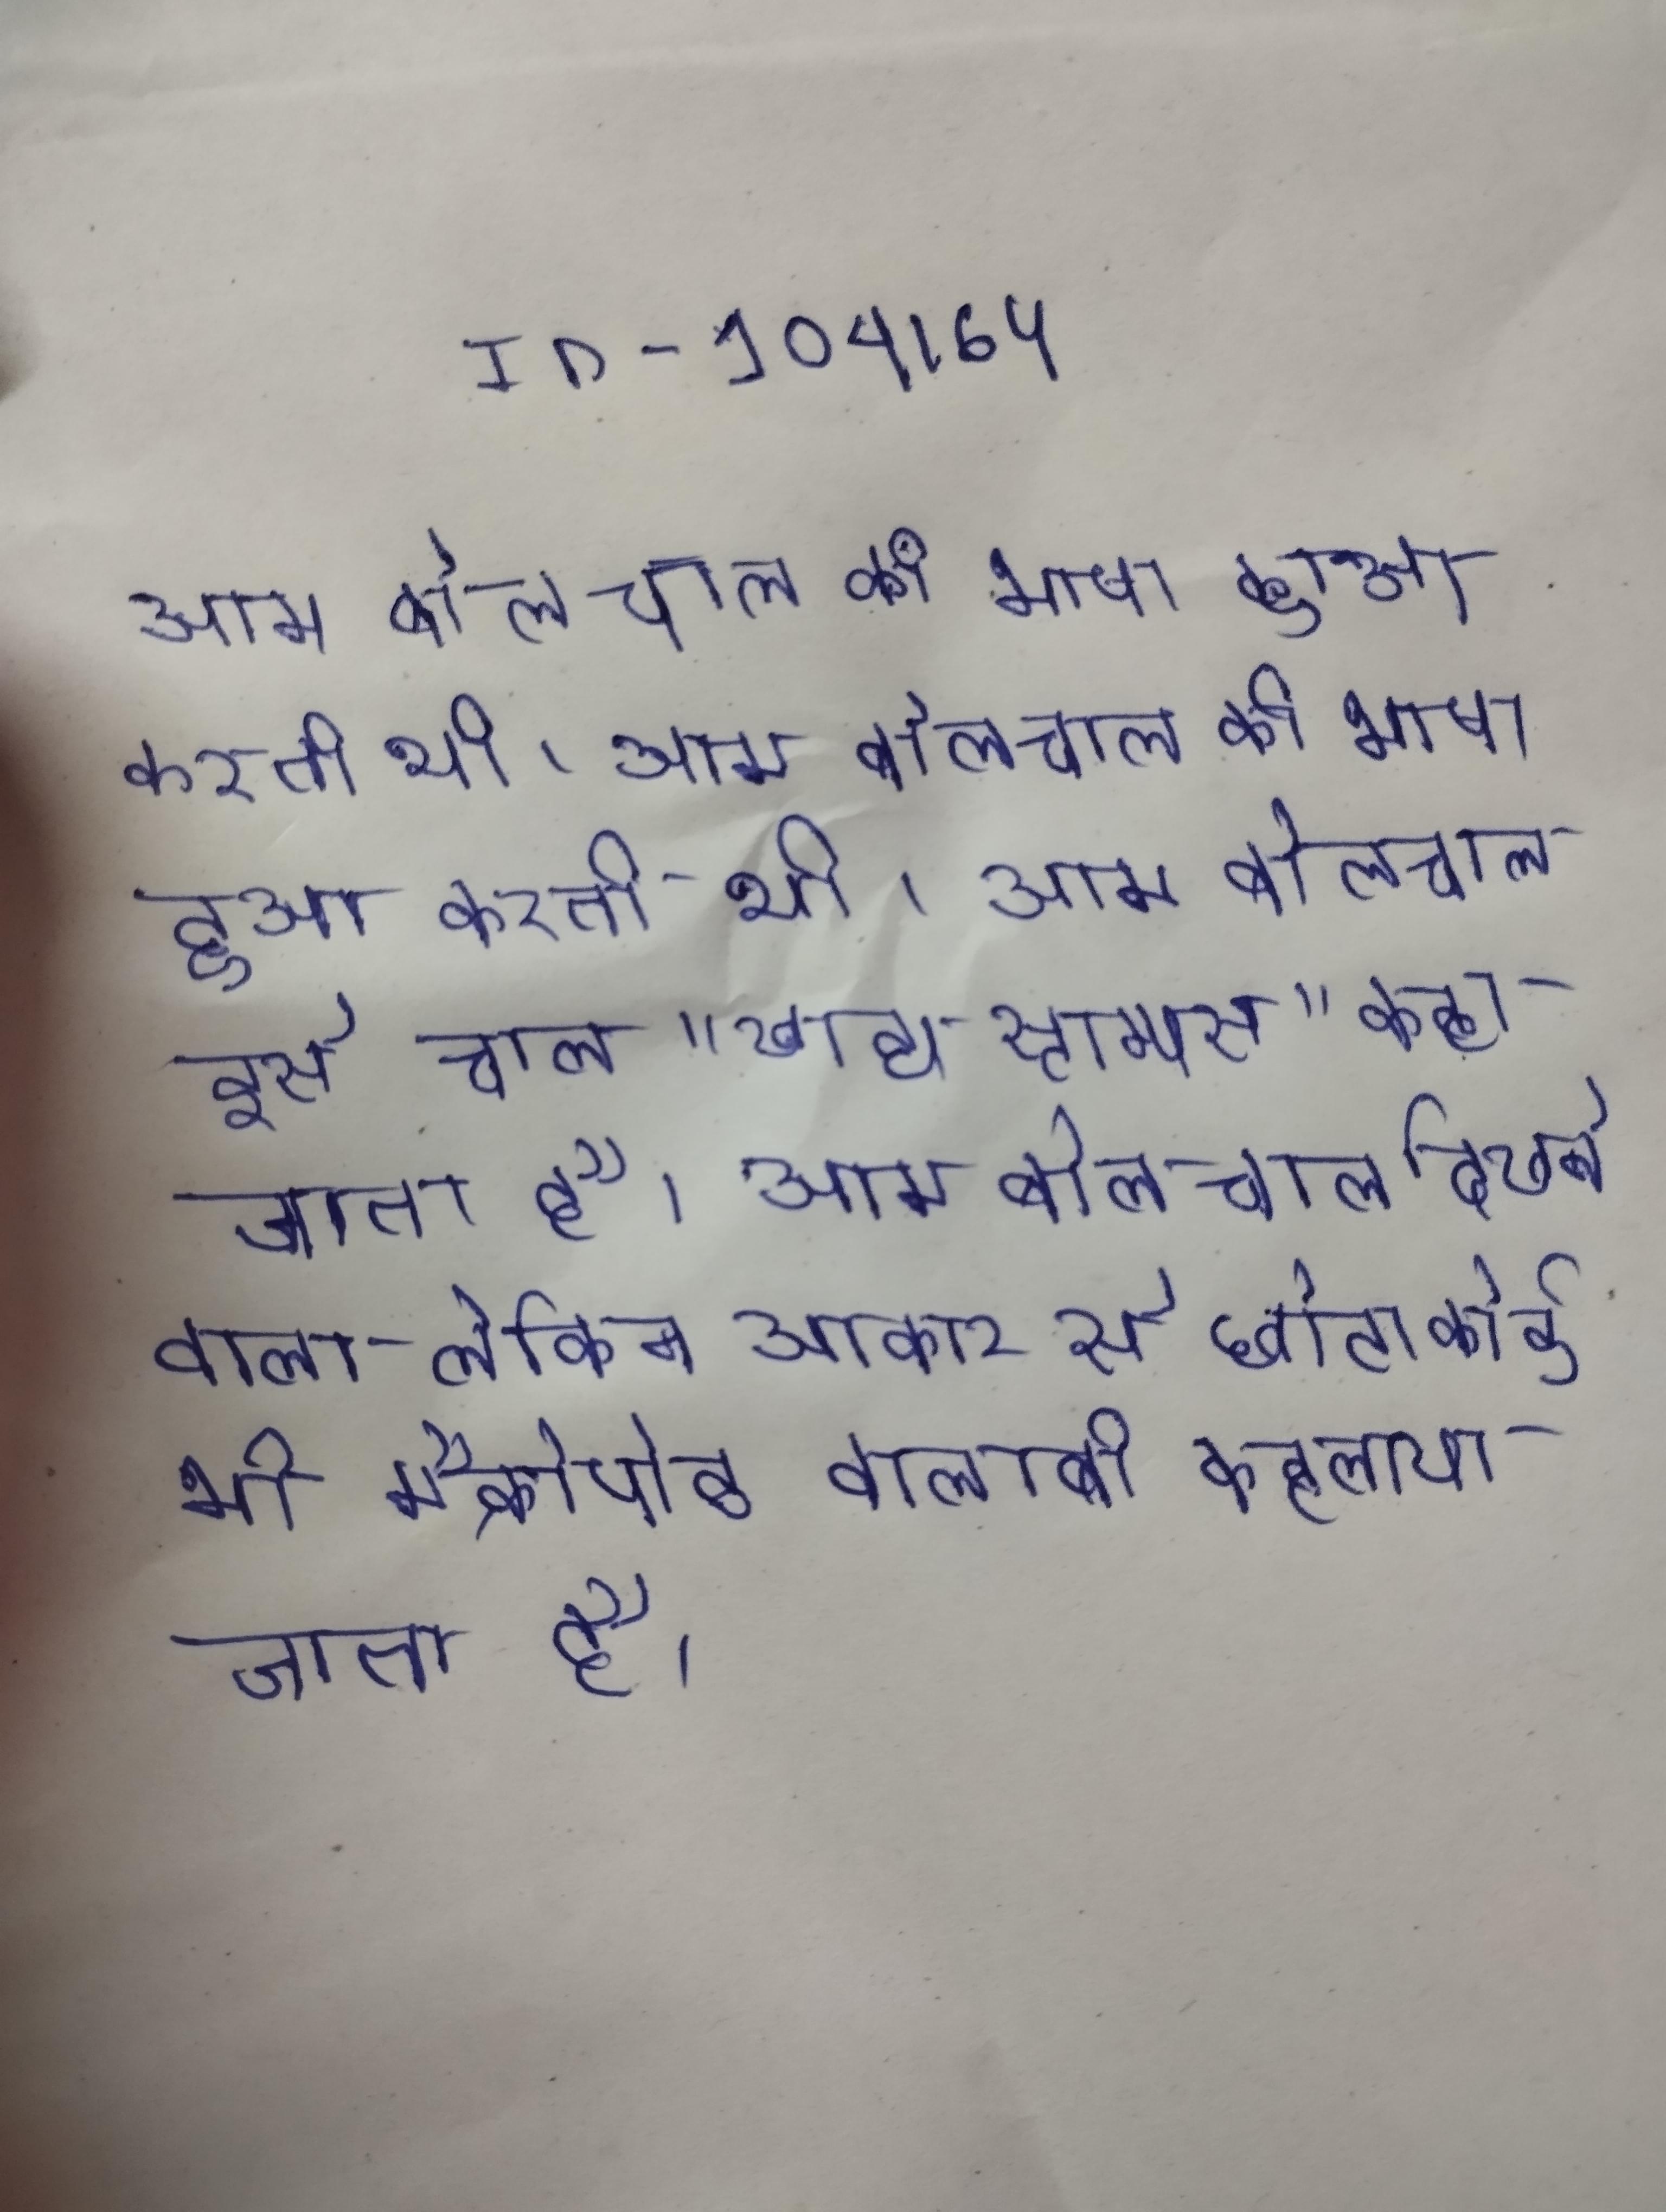
आम बोल चाल की भाषा हुआ करती थी । आम बोलचाल की भाषा हुआ करती थी । आम बोलचाल इसे चाल "खाद्य स्टाम्पस" कहा जाता है । आम बोलचाल दिखने वाला लेकिन आकार से छोटा कोई भी मैक्रोपोड वालाबी कहलाया जाता है ।